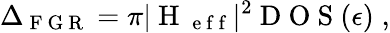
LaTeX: \Delta_{\mathrm{~F~G~R~}}=\pi|\mathrm{~H~}_{\mathrm{~e~f~f~}}|^{2}\mathrm{~D~O~S~}(\epsilon)\; ,